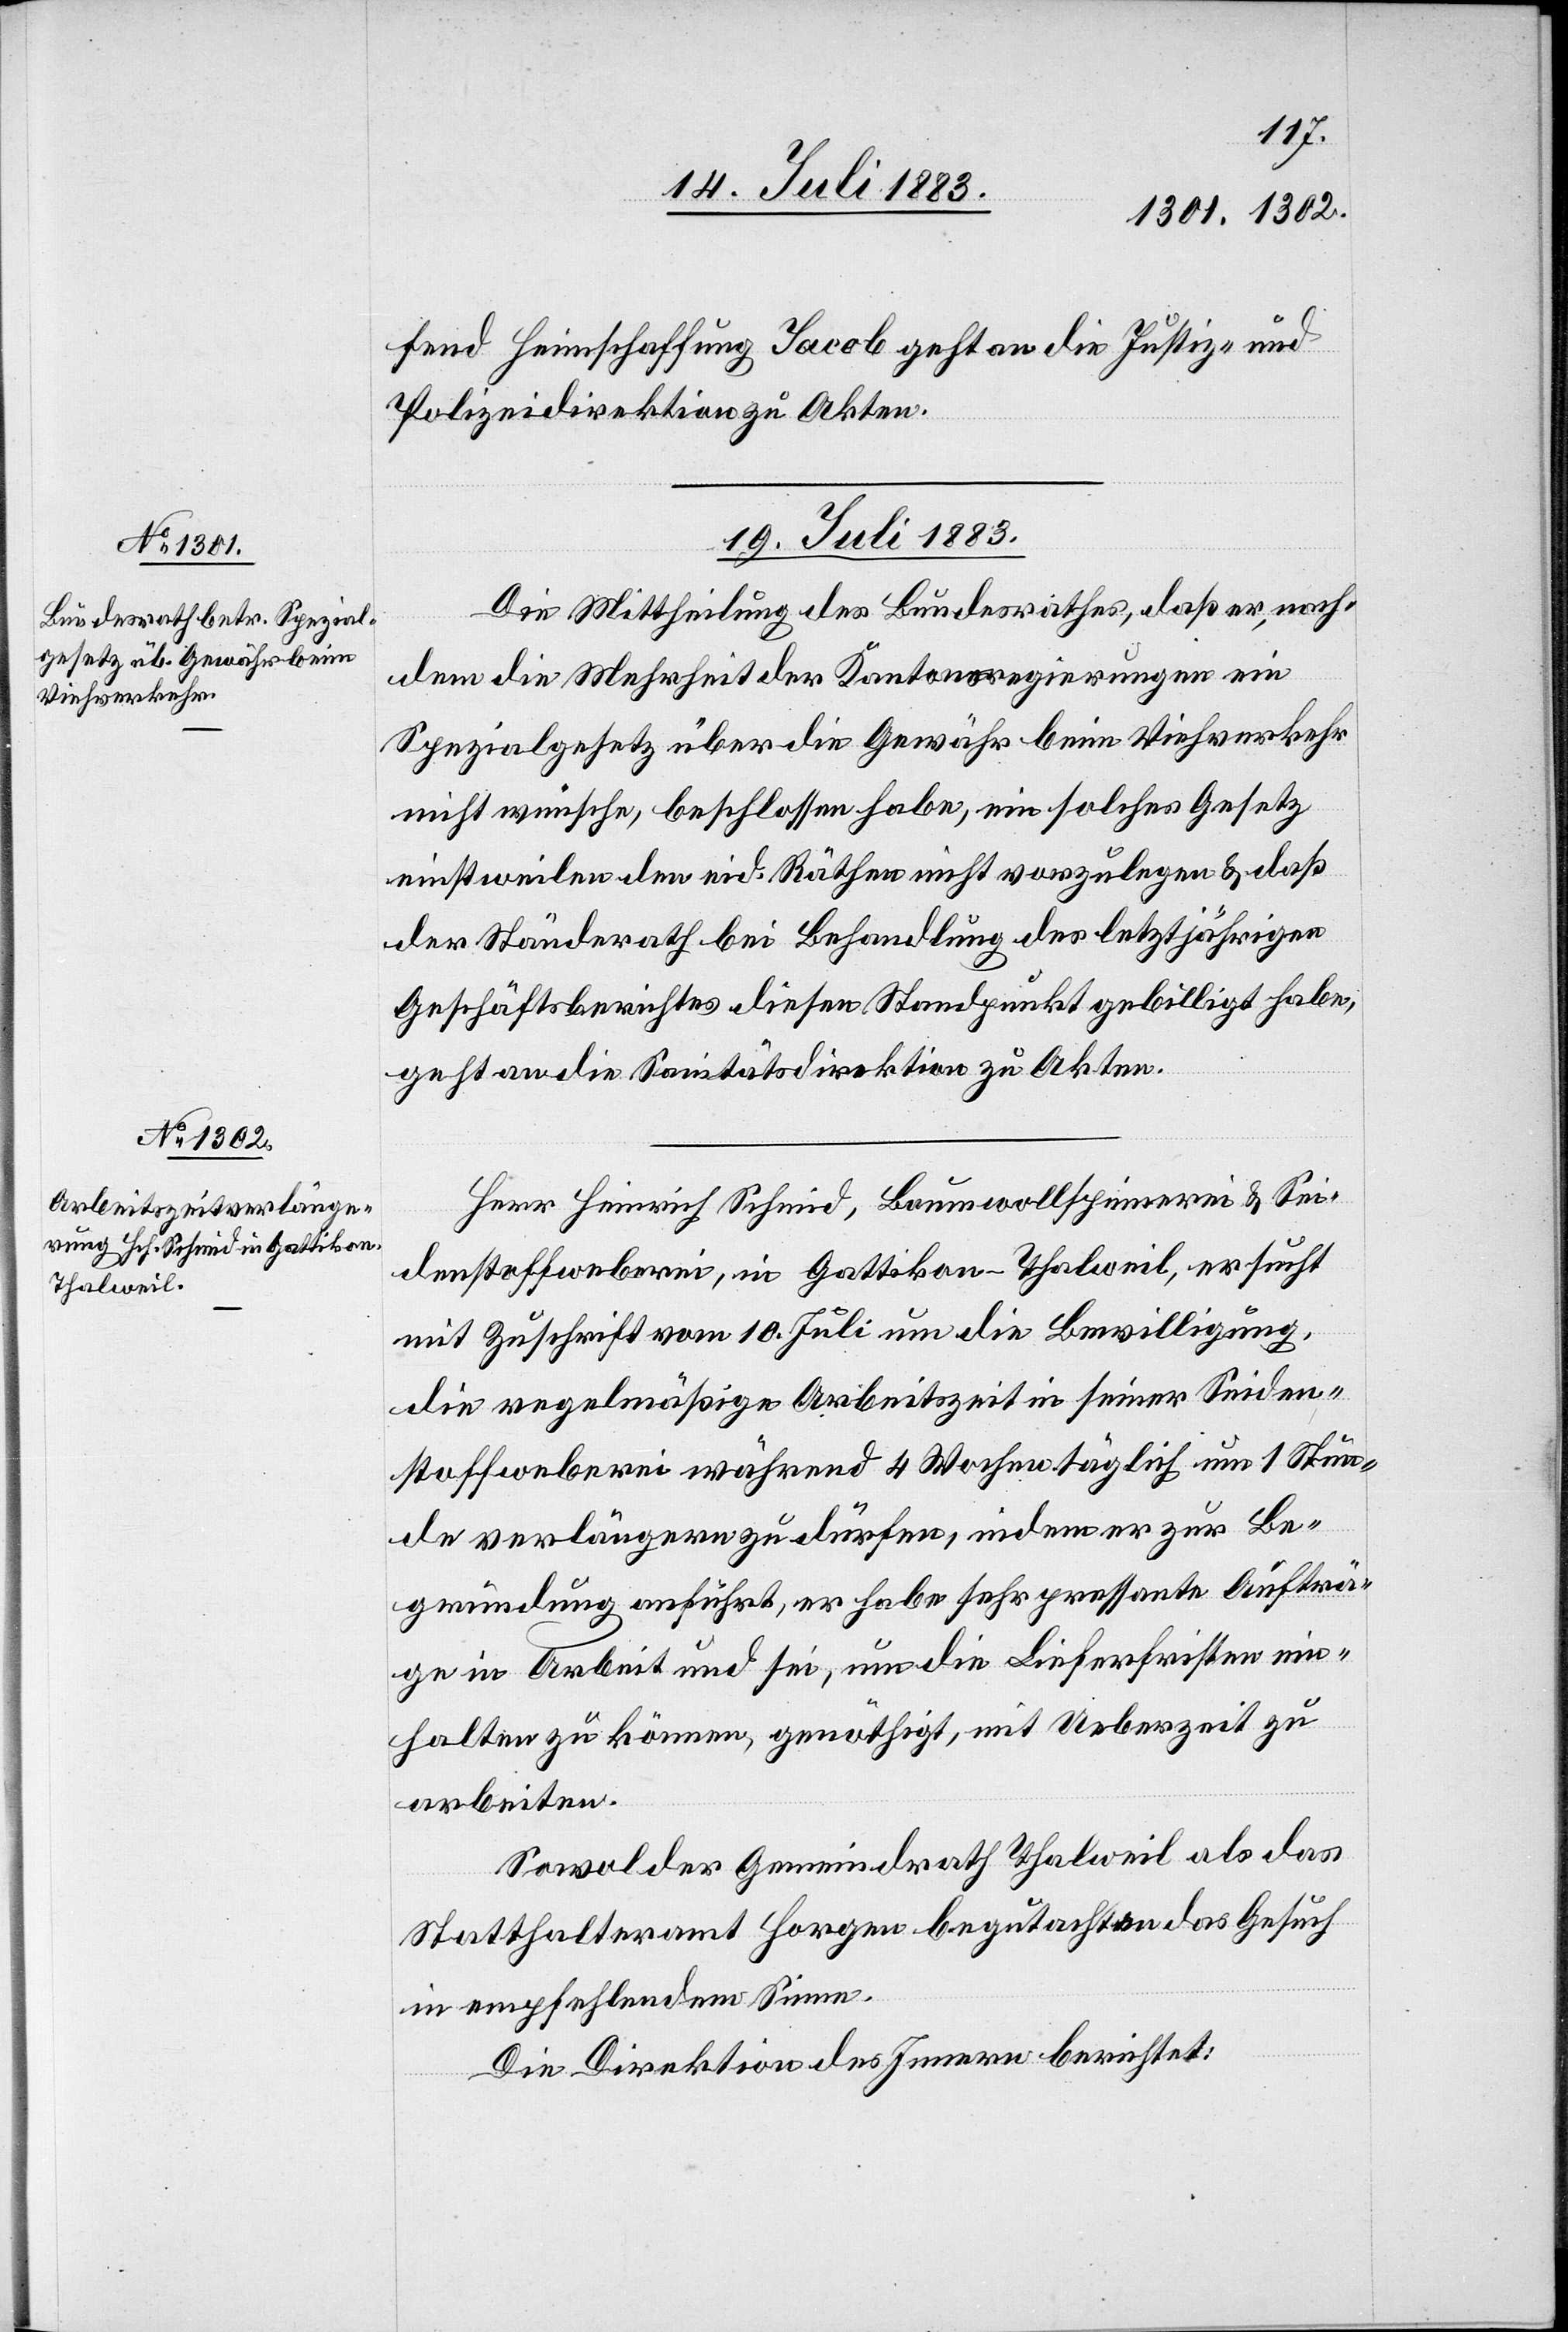
fend Heimschaffung Jacob geht an die Justiz- und
Polizeidirektion zu Akten.
19. Juli 1883.]
Die Mittheilung des Bundesrathes, daß er, nach¬
dem die Mehrheit der Kantonsregierungen ein
Spezialgesetz über die Gewähr beim Viehverkehr
nicht wünsche, beschlossen habe, ein solches Gesetz
einstweilen den eid. Räthen nicht vorzulegen & daß
der Ständerath bei Behandlung des letztjährigen
Geschäftsberichtes diesen Standpunkt gebilligt habe,
geht an die Sanitätsdirektion zu Akten.
Herr Heinrich Schmid, Baumwollspinnerei & Sei¬
denstoffweberei, in Gattikon - Thalweil, ersucht
mit Zuschrift vom 10. Juli um die Bewilligung,
die regelmäßige Arbeitszeit in seiner Seiden¬
stoffweber während 4 Wochen täglich um 1 Stun¬
de verlängern zu dürfen, indem er zur Be¬
gründung anführt, er habe sehr pressante Aufträ¬
ge in Arbeit und sei, um die Lieferfristen ein¬
halten zu können, genöthigt, mit Ueberzeit zu
arbeiten.
Sowol der Gemeindrath Thalweil als das
Statthalteramt Horgen begutachten das Gesuch
in empfehlendem Sinne.
Die Direktion des Innern berichtet: